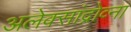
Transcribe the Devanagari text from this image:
अलेक्सांद्रोव्ना